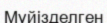
Мүйізделген